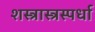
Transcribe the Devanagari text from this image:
शस्त्रास्त्रस्पर्धा